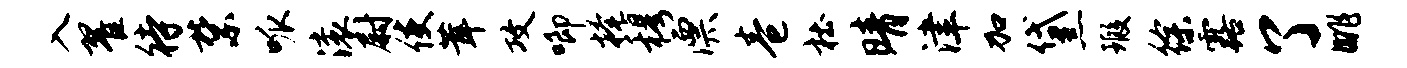
入翟待禁呱滚尉使茸攻唧掩穆漂卷杜晴津加黛瑕徐露了眺